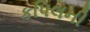
કપિલની